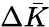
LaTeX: \Delta\bar{K}